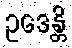
ဥဒေန္တိ